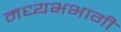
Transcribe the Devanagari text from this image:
मध्यभभागी